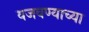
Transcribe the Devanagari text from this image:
वजवण्याच्या